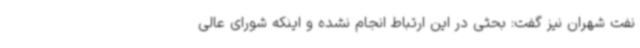
نفت شهران نیز گفت: بحثی در این ارتباط انجام نشده و اینکه شورای عالی